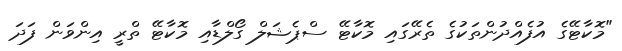
"މޮކާޓޭގެ އުފެއްދުންތަކުގެ ތެރޭގައި މޮކާޓޭ ސްޕެޝަލް ގޯލްޑާއި މޮކާޓޭ ތްރީ އިންވަން ފަދަ